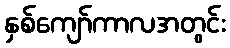
နှစ်ကျော်ကာလအတွင်း